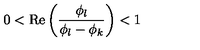
0 < \mathrm { R e } \left( \frac { \phi _ { l } } { \phi _ { l } - \phi _ { k } } \right) < 1